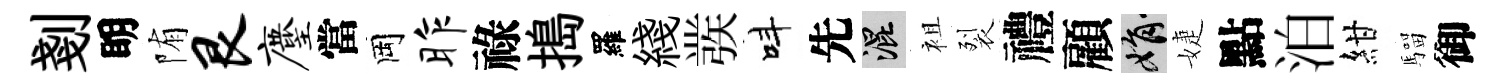
剗眀陏艮麈當岡昨祿搗羅綫彂呌先混袓裂禮顧娟婕點泊紺騮御